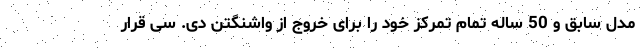
مدل سابق و 50 ساله تمام تمرکز خود را برای خروج از واشنگتن دی. سی قرار